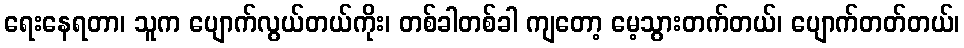
ရေးနေရတာ၊ သူက ပျောက်လွယ်တယ်ကိုး၊ တစ်ခါတစ်ခါ ကျတော့ မေ့သွားတက်တယ်၊ ပျောက်တတ်တယ်၊